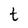
Character: t